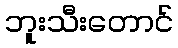
ဘူးသီးတောင်